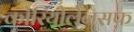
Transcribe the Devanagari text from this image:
कोरियोलेनसफ़